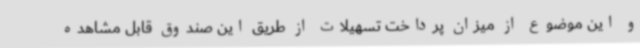
و این موضوع از میزان پرداخت تسهیلات از طریق این صندوق قابل مشاهده